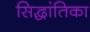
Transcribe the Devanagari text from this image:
सिद्धांतिका